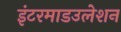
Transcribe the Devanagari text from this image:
इंटरमाडउलेशन